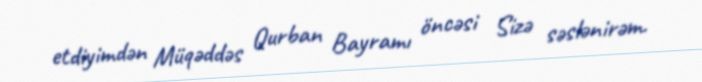
etdiyimdən Müqəddəs Qurban Bayramı öncəsi Sizə səslənirəm.